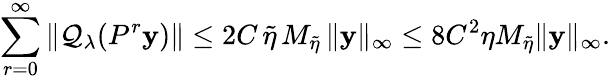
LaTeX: \sum_{r=0}^{\infty}\| \mathcal{Q}_{\lambda}(P^{r}\mathbf{y})\| \leq 2C\, \widetilde{\eta}\, M_{\widetilde{\eta}}\, \| \mathbf{y}\| _{\infty}\leq 8C^{2}\eta M_{\widetilde{\eta}}\| \mathbf{y}\| _{\infty}.